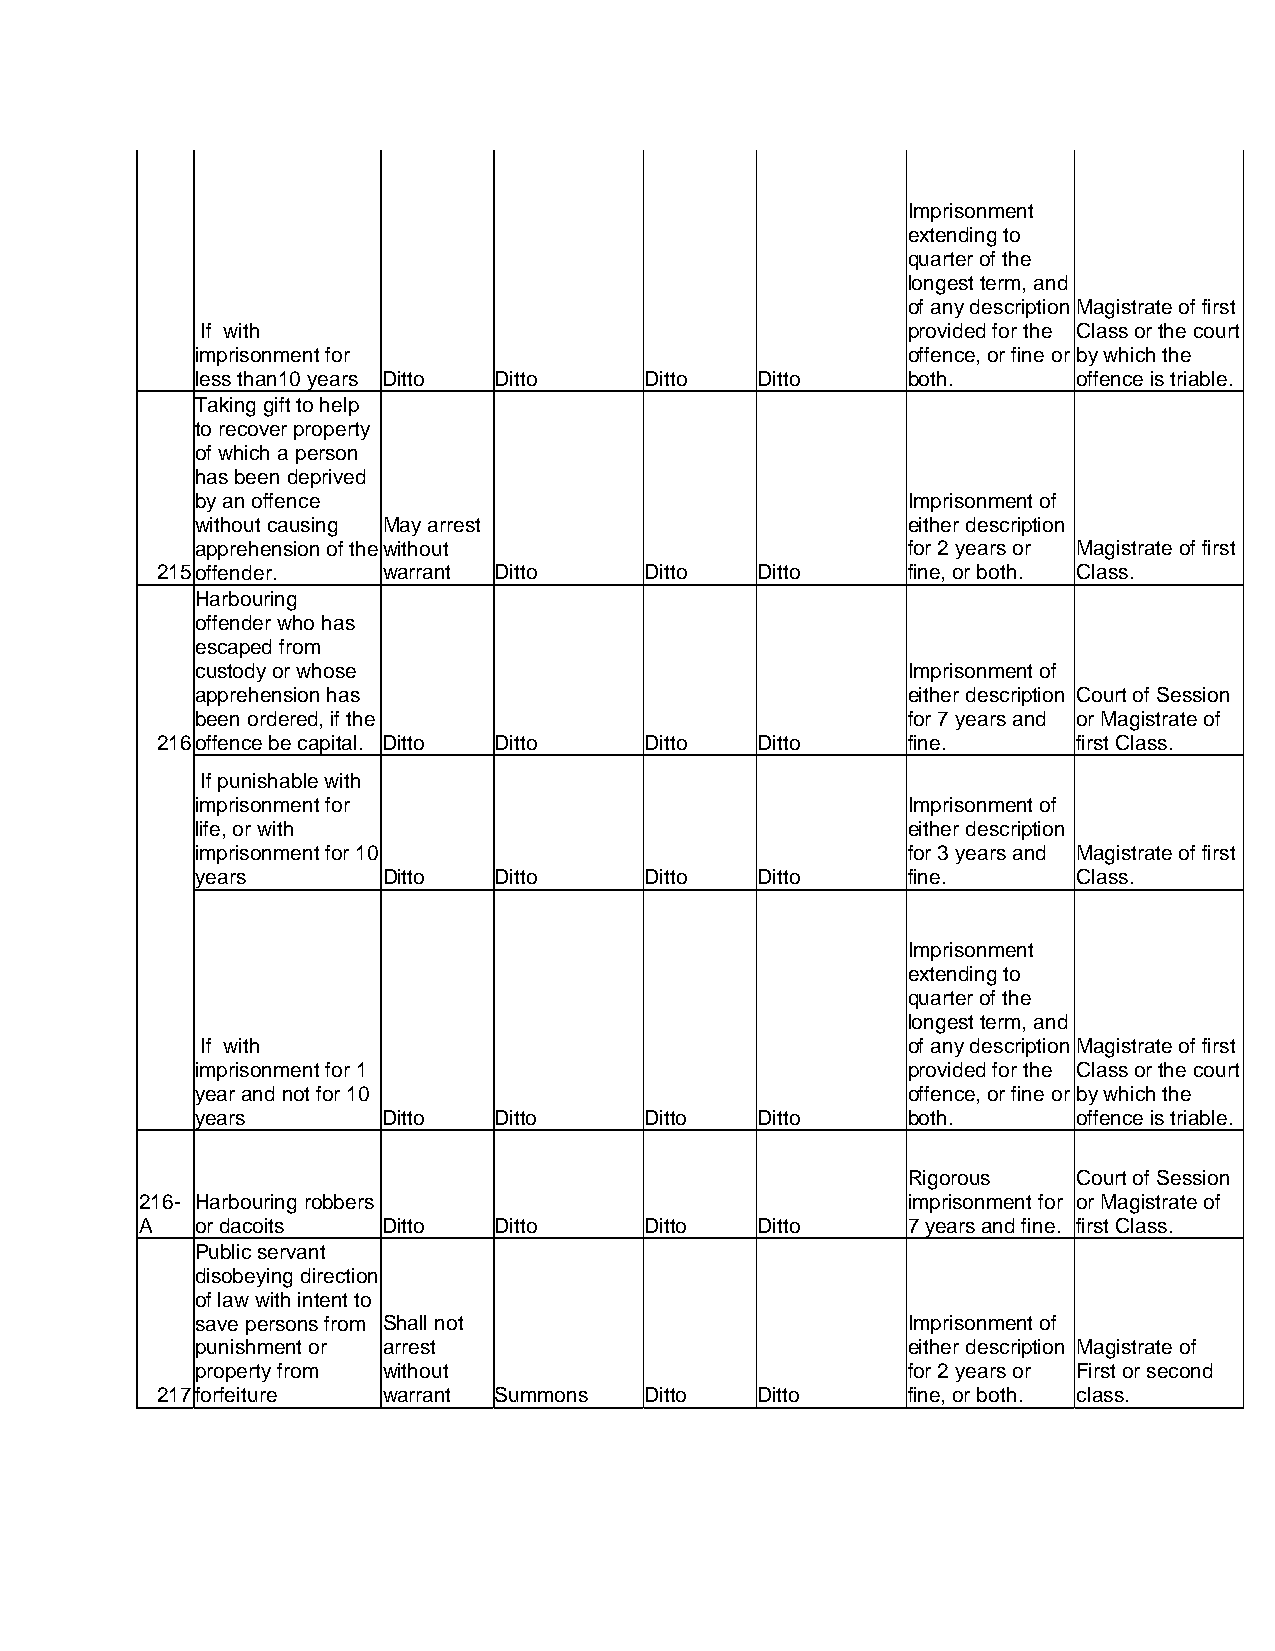
Imprisonment
 extending to
 quarter of the
 longest term, and
 of any description Magistrate of first
 If with                                        provided for the Class or the court
 imprisonment for                               offence, or fine or by which the
 less than10 years Ditto Ditto Ditto  Ditto     both.      offence is triable.
 Taking gift to help
 to recover property
 of which a person
 has been deprived
 by an offence                                  Imprisonment of
 without causing May arrest                     either description
 apprehension of the without                    for 2 years or Magistrate of first
 215 offender.  warrant Ditto     Ditto  Ditto     fine, or both. Class.
 Harbouring
 offender who has
 escaped from
 custody or whose                               Imprisonment of
 apprehension has                               either description Court of Session
 been ordered, if the                           for 7 years and or Magistrate of
 216 offence be capital. Ditto Ditto Ditto Ditto   fine.      first Class.
 If punishable with
 imprisonment for                               Imprisonment of
 life, or with                                  either description
 imprisonment for 10                            for 3 years and Magistrate of first
 years       Ditto   Ditto     Ditto  Ditto     fine.      Class.
 Imprisonment
 extending to
 quarter of the
 longest term, and
 If with                                        of any description Magistrate of first
 imprisonment for 1                             provided for the Class or the court
 year and not for 10                            offence, or fine or by which the
 years       Ditto   Ditto     Ditto  Ditto     both.      offence is triable.
 Rigorous   Court of Session
 216- Harbouring robbers                            imprisonment for or Magistrate of
 A   or dacoits  Ditto   Ditto     Ditto  Ditto     7 years and fine. first Class.
 Public servant
 disobeying direction
 of law with intent to
 save persons from Shall not                    Imprisonment of
 punishment or arrest                           either description Magistrate of
 property from without                          for 2 years or First or second
 217 forfeiture warrant Summons   Ditto  Ditto     fine, or both. class.